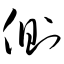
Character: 侧